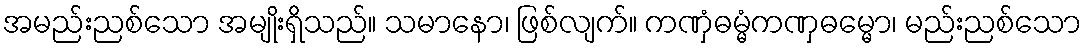
အမည်းညစ်သော အမျိုးရှိသည်။ သမာနော၊ ဖြစ်လျက်။ ကဏှံဓမ္မံကဏှဓမ္မော၊ မည်းညစ်သော